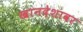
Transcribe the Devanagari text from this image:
खानदेशावर